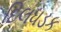
દિલધડક